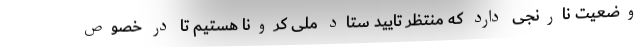
وضعیت نارنجی دارد که منتظر تایید ستاد ملی کرونا هستیم تا در خصوص